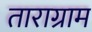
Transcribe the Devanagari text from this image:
ताराग्राम